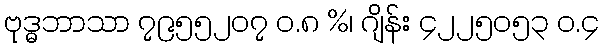
ဗုဒ္ဓဘာသာ ၇၉၅၅၂၀၇ ဝ.၈ %၊ ဂျိန်း ၄၂၂၅၀၅၃ ဝ.၄